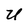
Character: U